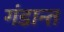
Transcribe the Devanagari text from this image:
गंडान्त